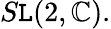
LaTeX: S\mathtt{L}(2,\mathbb{{C}}).